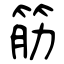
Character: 筋